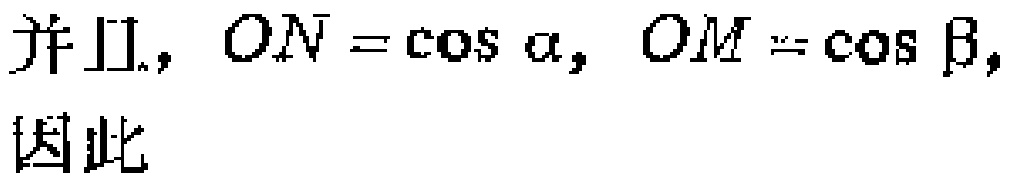
并且，$ON = \cos\alpha, OM = \cos\beta,$ 因此